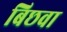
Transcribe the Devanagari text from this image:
बिछवा